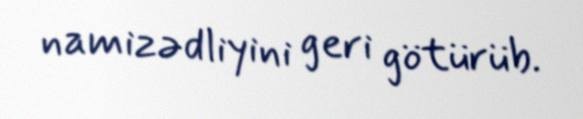
namizədliyini geri götürüb.